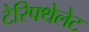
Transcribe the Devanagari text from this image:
टेरिफ्थेलेट